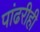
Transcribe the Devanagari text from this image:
पांढरीही